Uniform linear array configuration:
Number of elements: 24
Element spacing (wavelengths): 0.75
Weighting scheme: kaiser
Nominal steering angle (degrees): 15
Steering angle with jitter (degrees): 14.512
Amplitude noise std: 0.05
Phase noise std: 0.05

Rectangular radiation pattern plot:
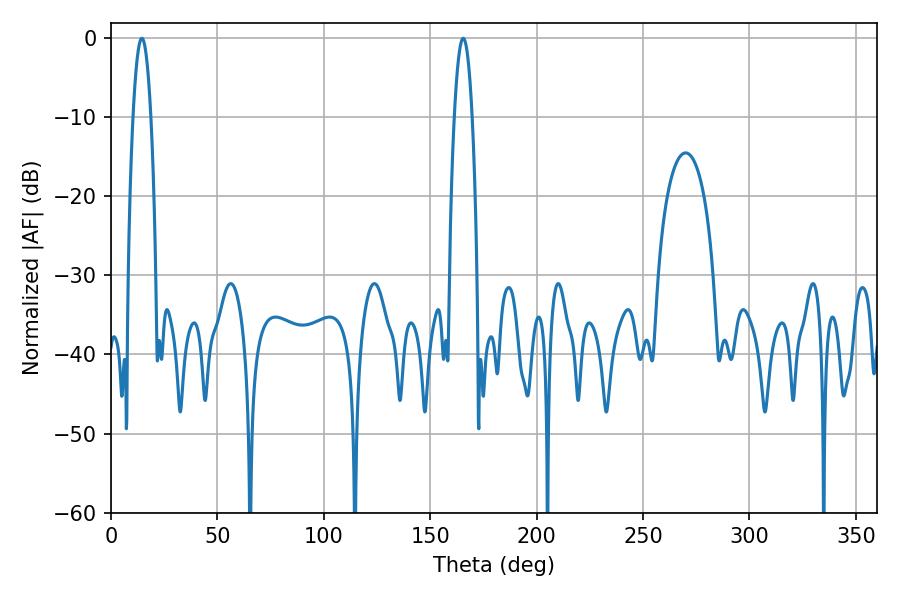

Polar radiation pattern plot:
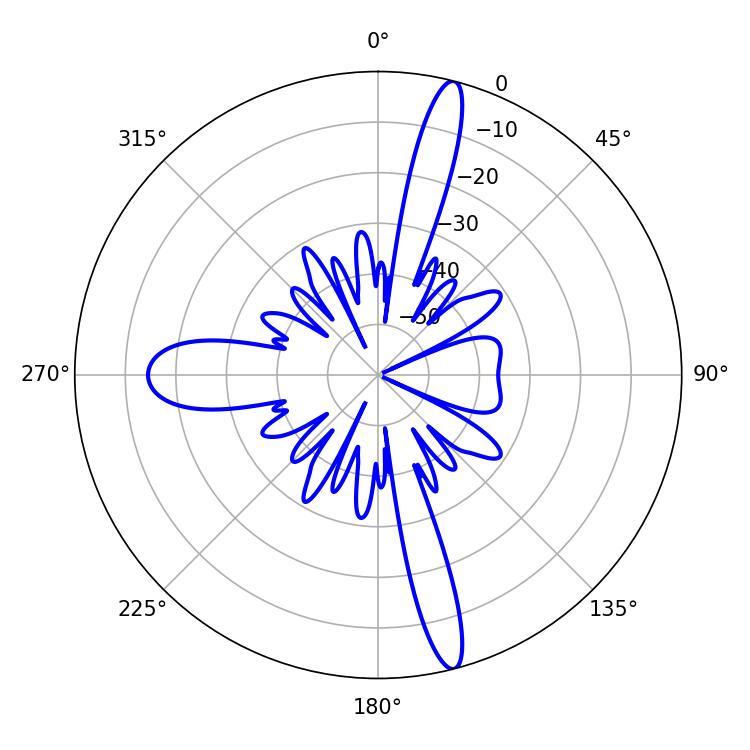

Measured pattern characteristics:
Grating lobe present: TRUE
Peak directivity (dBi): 17.493
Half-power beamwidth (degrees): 4.5
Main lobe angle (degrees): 165.42